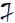
Text: 7